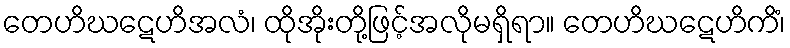
တေဟိဃဋေဟိအလံ၊ ထိုအိုးတို့ဖြင့်အလိုမရှိရာ။ တေဟိဃဋေဟိကိံ၊